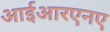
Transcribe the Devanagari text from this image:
आईआरएनए